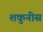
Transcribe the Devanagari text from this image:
शकुनीस